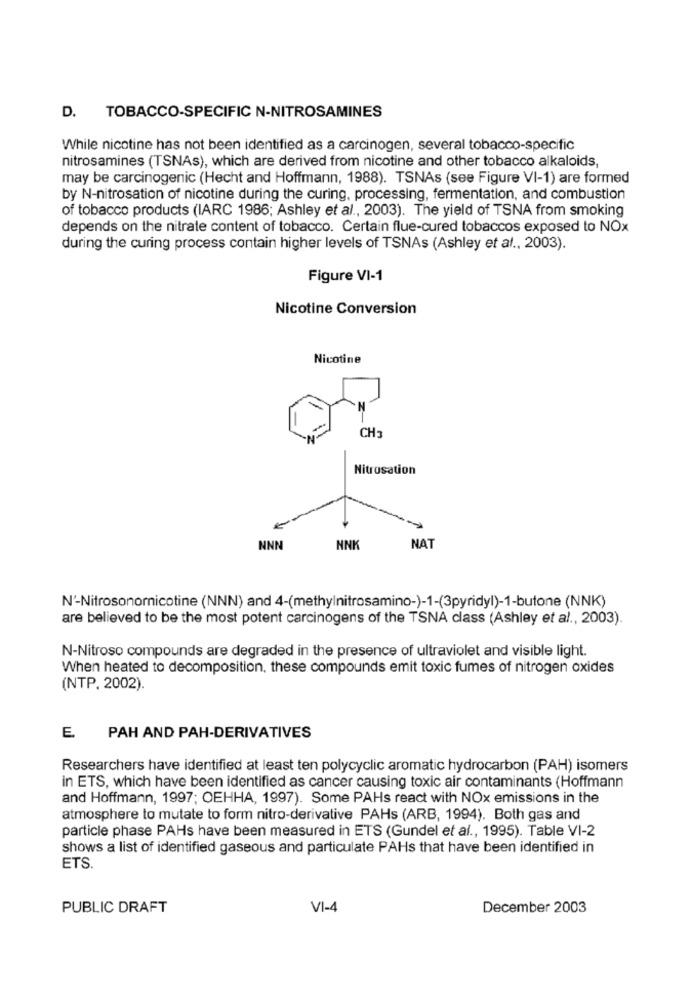
D. TOBACCO-SPECIFIC N-NITROSAMINES
While nicotine has not been identified as a carcinogen, several tobacco-specific
nitrosamines (TSNAs), which are derived from nicotine and other tobacco alkaloids,
may be carcinogenic (Hecht and Hoffmann, 1988). TSNAs (see Figure VI-1) are formed
by N-nitrosation of nicotine during the curing, processing, fermentation, and combustion
of tobacco products (IARC 1986; Ashley et al ., 2003). The yield of TSNA from smoking
depends on the nitrate content of tobacco. Certain flue-cured tobaccos exposed to NOx
during the curing process contain higher levels of TSNAs (Ashley et al ., 2003).
Figure VI-1
Nicotine Conversion
Nicotine
CH3
Nitrosation
NNN
NNI
NAT
N'-Nitrosonornicotine (NNN) and 4-(methylnitrosamino-)-1-(3pyridyl)-1-butone (NNK)
are believed to be the most potent carcinogens of the TSNA class (Ashley et al ., 2003).
N-Nitroso compounds are degraded in the presence of ultraviolet and visible light.
When heated to decomposition, these compounds emit toxic fumes of nitrogen oxides
(NTP. 2002).
E.
PAH AND PAH-DERIVATIVES
Researchers have identified at least ten polycyclic aromatic hydrocarbon (PAH) isomers
in ETS, which have been identified as cancer causing toxic air contaminants (Hoffmann
and Hoffmann, 1997; OEHHA, 1997). Some PAHs react with NOx emissions in the
atmosphere to mutate to form nitro-derivative PAHs (ARB, 1994). Both gas and
particle phase PAHs have been measured in ETS (Gundel et al ., 1995). Table VI-2
shows a list of identified gaseous and particulate PAHs that have been identified in
ETS.
PUBLIC DRAFT
VI-4
December 2003